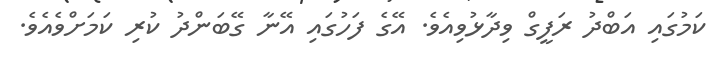
ކަމުގައި އަބްދު ރަފީގް ވިދާޅުވިއެވެ. އޭގެ ފަހުގައި އޭނާ ގޭބަންދު ކުރި ކަމަށްވެއެވެ.